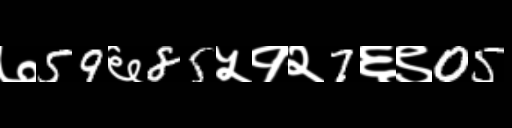
Text: ७59६85५१२7६९05